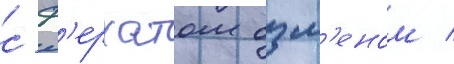
с ф'ерхатом озм'еном /